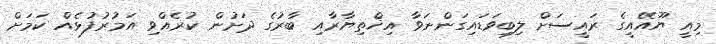
މިއީ ޔޫއޭއީގެ ރައީސަށް ލިބިވަޑައިގަންނަވާ އިޚްތިޔާރާއި ބާރުގެ ދަށުން ކުރެއްވި އަމުރުފުޅެއް ކަމަށް